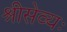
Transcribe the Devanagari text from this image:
श्रीसेव्यः